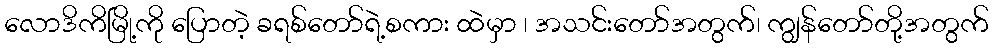
လောဒိကိမြို့ကို ပြောတဲ့ ခရစ်တော်ရဲ့စကား ထဲမှာ ၊ အသင်းတော်အတွက်၊ ကျွန်တော်တို့အတွက်